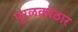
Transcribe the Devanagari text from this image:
पुरळकोठार